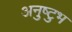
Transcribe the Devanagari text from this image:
अनुष्‍टुभ